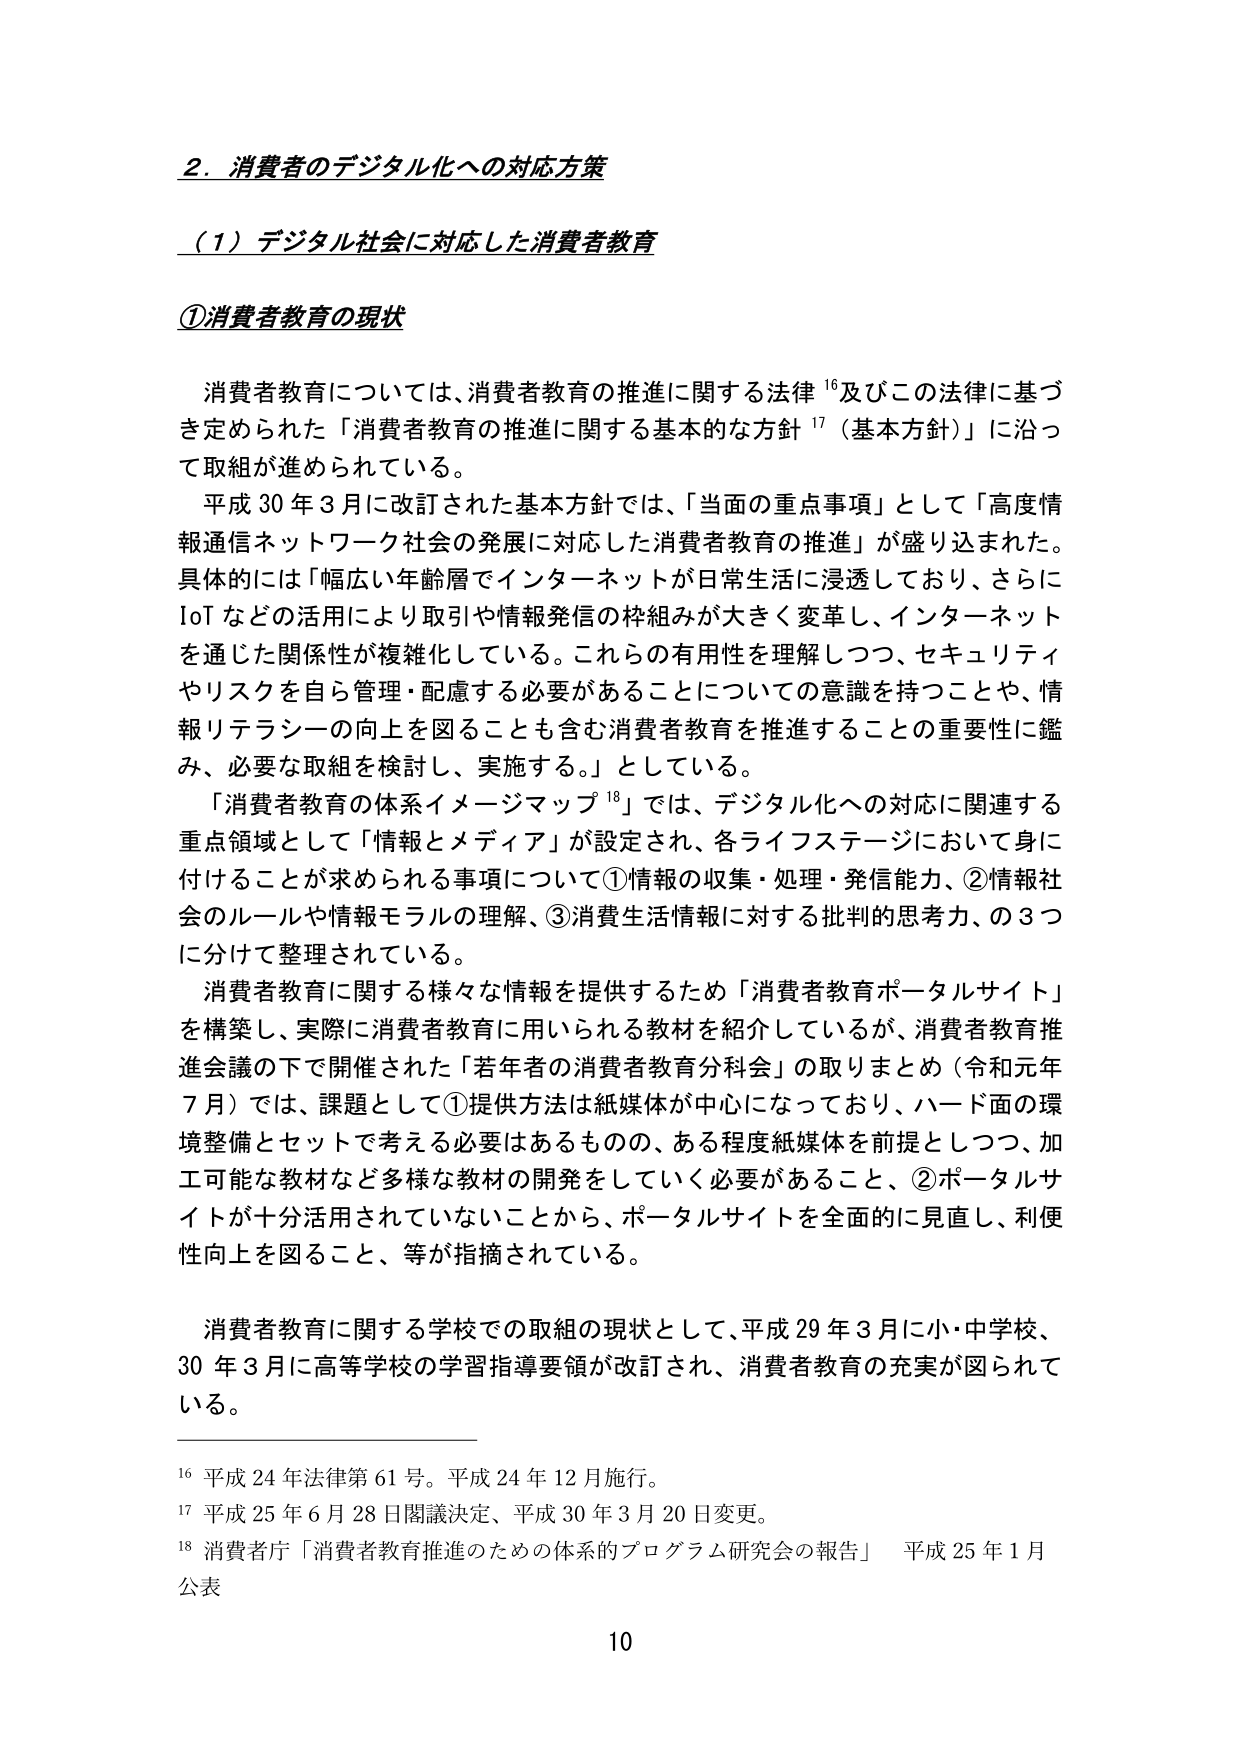
2. 消費者のデジタル化への対応方策

（1）デジタル社会に対応した消費者教育

①消費者教育の現状

消費者教育については、消費者教育の推進に関する法律¹⁶及びこの法律に基づき定められた「消費者教育の推進に関する基本的な方針¹⁷（基本方針）」に沿って取組が進められている。

平成30年3月に改訂された基本方針では、「当面の重点事項」として「高度情報通信ネットワーク社会の発展に対応した消費者教育の推進」が盛り込まれた。具体的には「幅広い年齢層でインターネットが日常生活に浸透しており、さらにIoTなどの活用により取引や情報発信の枠組みが大きく変革し、インターネットを通じた関係性が複雑化している。これらの有用性を理解しつつ、セキュリティやリスクを自ら管理・配慮する必要があることについての意識を持つことや、情報リテラシーの向上を図ることも含む消費者教育を推進することの重要性に鑑み、必要な取組を検討し、実施する。」としている。

「消費者教育の体系イメージマップ¹⁸」では、デジタル化への対応に関連する重点領域として「情報とメディア」が設定され、各ライフステージにおいて身に付けることが求められる事項について①情報の収集・処理・発信能力、②情報社会のルールや情報モラルの理解、③消費生活情報に対する批判的思考力、の3つに分けて整理されている。

消費者教育に関する様々な情報を提供するため「消費者教育ポータルサイト」を構築し、実際に消費者教育に用いられる教材を紹介しているが、消費者教育推進会議の下で開催された「若年者の消費者教育分科会」の取りまとめ（令和元年7月）では、課題として①提供方法は紙媒体が中心になっており、ハード面の環境整備とセットで考える必要はあるものの、ある程度紙媒体を前提としつつ、加工可能な教材など多様な教材の開発をしていく必要があること、②ポータルサイトが十分活用されていないことから、ポータルサイトを全面的に見直し、利便性向上を図ること、等が指摘されている。

消費者教育に関する学校での取組の現状として、平成29年3月に小・中学校、30年3月に高等学校の学習指導要領が改訂され、消費者教育の充実が図られている。

¹⁶ 平成24年法律第61号。平成24年12月施行。

¹⁷ 平成25年6月28日閣議決定、平成30年3月20日変更。

¹⁸ 消費者庁「消費者教育推進のための体系的プログラム研究会の報告」 平成25年1月公表

10